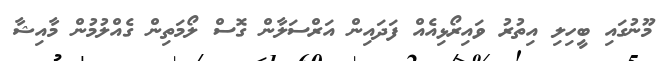
މޫނުގައި ބީހިލި އިތުރު ވައިރޯޅިއެއް ފަދައިން އަރްސަލާން ގޮސް ލޯމަތިން ގެއްލުމުން މާއިޝާ